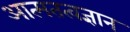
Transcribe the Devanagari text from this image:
आत्मतत्वज्ञान